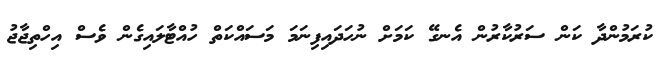
ކުރަމުންދާ ކަން ސަރުކާރުން އެނގޭ ކަމަށް ނުހަދައިފިނަމަ މަސައްކަތް ހުއްޓާލައިގެން ވެސް އިހްތިޖާޖު